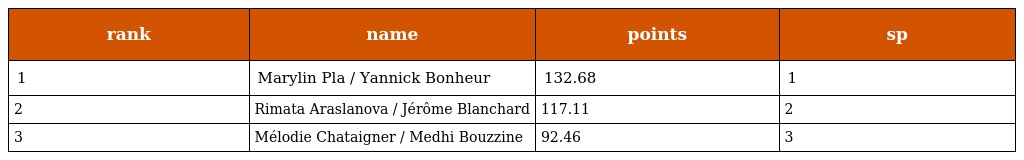
| rank | name | points | sp |
 | --- | --- | --- | --- |
 | 1 | Marylin Pla / Yannick Bonheur | 132.68 | 1 |
 | 2 | Rimata Araslanova / Jérôme Blanchard | 117.11 | 2 |
 | 3 | Mélodie Chataigner / Medhi Bouzzine | 92.46 | 3 |